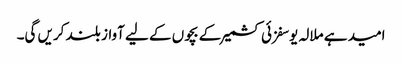
امید ہے ملالہ یوسفزئی کشمیر کے بچوں کے لیے آواز بلند کریں گی۔